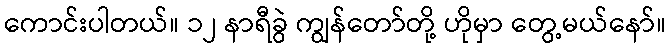
ကောင်းပါတယ်။ ၁၂ နာရီခွဲ ကျွန်တော်တို့ ဟိုမှာ တွေ့မယ်နော်။